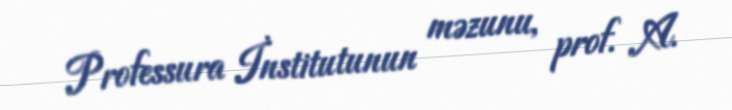
Professura İnstitutunun məzunu, prof. A.